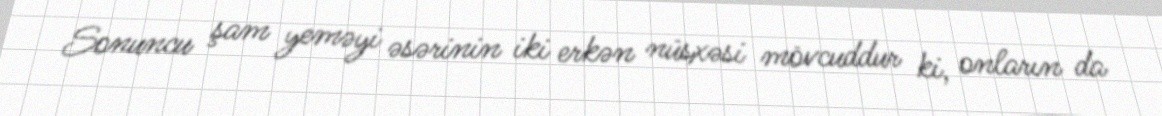
Sonuncu şam yeməyi əsərinin iki erkən nüsxəsi mövcuddur ki, onların da